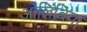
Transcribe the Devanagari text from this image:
ओलिंबिया